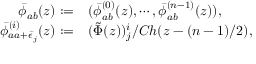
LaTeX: \begin{array} { r l } { { \bar { \phi } _ { a b } ( z ) : = } } & { { ( \bar { \phi } _ { a b } ^ { ( 0 ) } ( z ) , \cdots , \bar { \phi } _ { a b } ^ { ( n - 1 ) } ( z ) ) , } } \\ { { \bar { \phi } _ { a a + \bar { \epsilon } _ { j } } ^ { ( i ) } ( z ) : = } } & { { ( \tilde { \Phi } ( z ) ) _ { j } ^ { i } / C h ( z - ( n - 1 ) / 2 ) , } } \end{array}